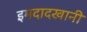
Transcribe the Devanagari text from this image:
इमदादखानी